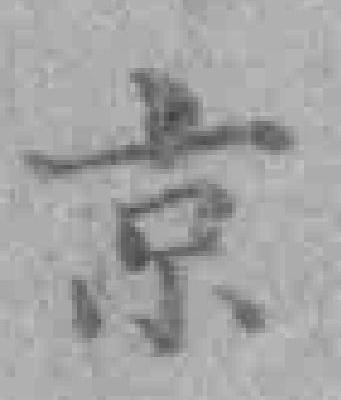
京